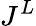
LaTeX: J^{L}